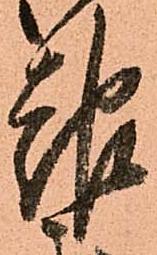
報